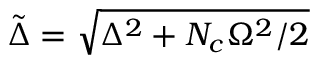
\ensuremath { \tilde { \Delta } } = \sqrt { \Delta ^ { 2 } + \ensuremath { N _ { c } } \Omega ^ { 2 } / 2 }